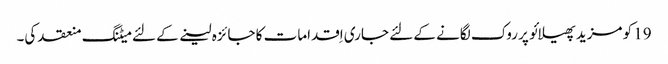
19 کو مزید پھیلائو پر روک لگانے کے لئے جاری اِقدامات کا جائزہ لینے کے لئے میٹنگ منعقد کی۔